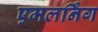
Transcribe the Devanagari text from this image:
एमलर्निंग